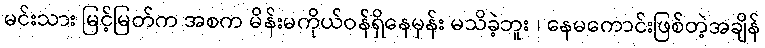
မင်းသား မြင့်မြတ်က အစက မိန်းမကိုယ်ဝန်ရှိနေမှန်း မသိခဲ့ဘူး ၊ နေမကောင်းဖြစ်တဲ့အချိန်